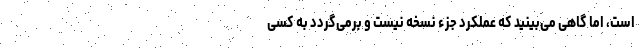
است، اما گاهی می‌بینید که عملکرد جزء نسخه نیست و برمی‌گردد به کسی